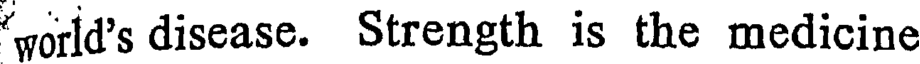
world's disease. Strength is the medicine